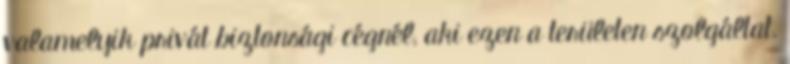
valamelyik privát biztonsági cégnél, aki ezen a területen szolgáltat.